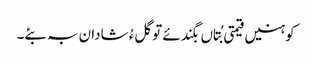
کوہنیں قیمتی بُتاں بگندئے تو گلءُ شادان بہ بئے۔